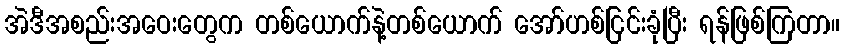
အဲဒီအစည်းအဝေးတွေက တစ်ယောက်နဲ့တစ်ယောက် အော်ဟစ်ငြင်းခုံပြီး ရန်ဖြစ်ကြတာ။